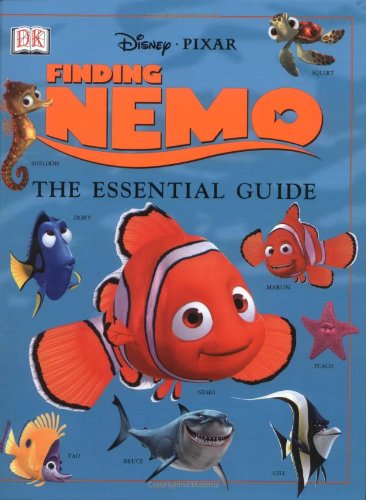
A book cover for Finding Nemo: The Essential Guide; Glenn Dakin; Humor & Entertainment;